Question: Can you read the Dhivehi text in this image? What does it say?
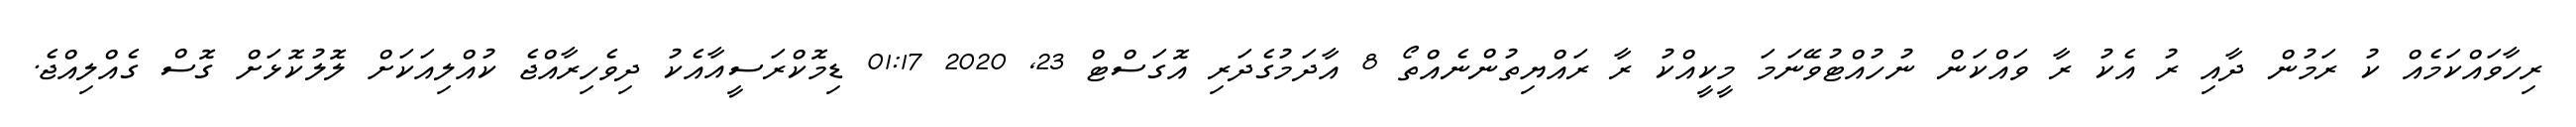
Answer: ރިހާވައްކަމެއް ކު ރަމުން ދާއި ރު އެކު ރާ ވައްކަން ނުހުއްޓުވޭނަމަ މީކީއްކު ރާ ރައްޔިތުންނެއްތޯ 8 އާދަމުގެދަރި އޮގަސްޓް 23, 2020 01:17 ޑިމޮކްރަސީއާއެކު ދިވެހިރާއްޖެ ކުއްލިއަކަށް ލޮލުކޮޅަށް ގޮސް ގެއްލިއްޖެ.